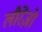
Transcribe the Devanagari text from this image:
लौरेंज़ो